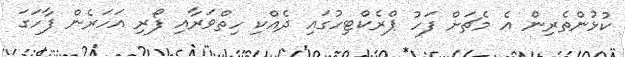
ކުޅުންތެރިން އެ މެޗަށް ފަހު ޕްރެކްޓިހުގައި ދެއްކި ހިތްވަރާއި ފޯރި އަހަރެން ފާހަގަ